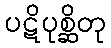
ပဋိပုစ္ဆိတု